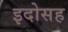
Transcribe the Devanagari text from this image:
इदोसह